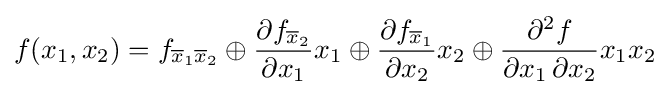
f(x_{1},x_{2})=f_{{\overline {x}}_{1}{\overline {x}}_{2}}\oplus {\frac {\partial f_{{\overline {x}}_{2}}}{\partial x_{1}}}x_{1}\oplus {\frac {\partial f_{{\overline {x}}_{1}}}{\partial x_{2}}}x_{2}\oplus {\frac {\partial ^{2}f}{\partial x_{1}\,\partial x_{2}}}x_{1}x_{2}